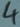
Text: 4